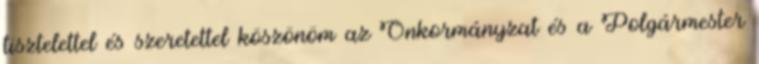
tisztelettel és szeretettel köszönöm az Önkormányzat és a Polgármester